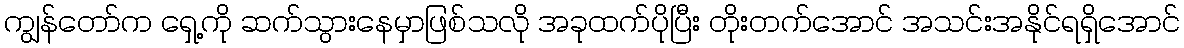
ကျွန်တော်က ရှေ့ကို ဆက်သွားနေမှာဖြစ်သလို အခုထက်ပိုပြီး တိုးတက်အောင် အသင်းအနိုင်ရရှိအောင်